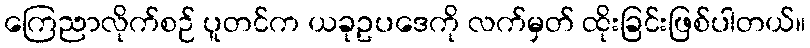
ကြေညာလိုက်စဉ် ပူတင်က ယခုဥပဒေကို လက်မှတ် ထိုးခြင်းဖြစ်ပါတယ်။